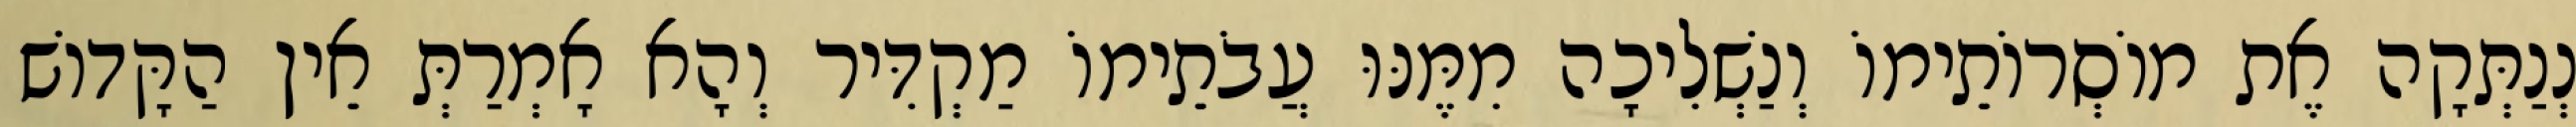
נְנַתְּקָה אֶת מוֹסְרוֹתֵימוֹ וְנַשְׁלִיכָה מִמֶּנּוּ עֲבֹתֵימוֹ מַקְדִּיר וְהָא אָמְרַתְּ אֵין הַקָּדוֹשׁ